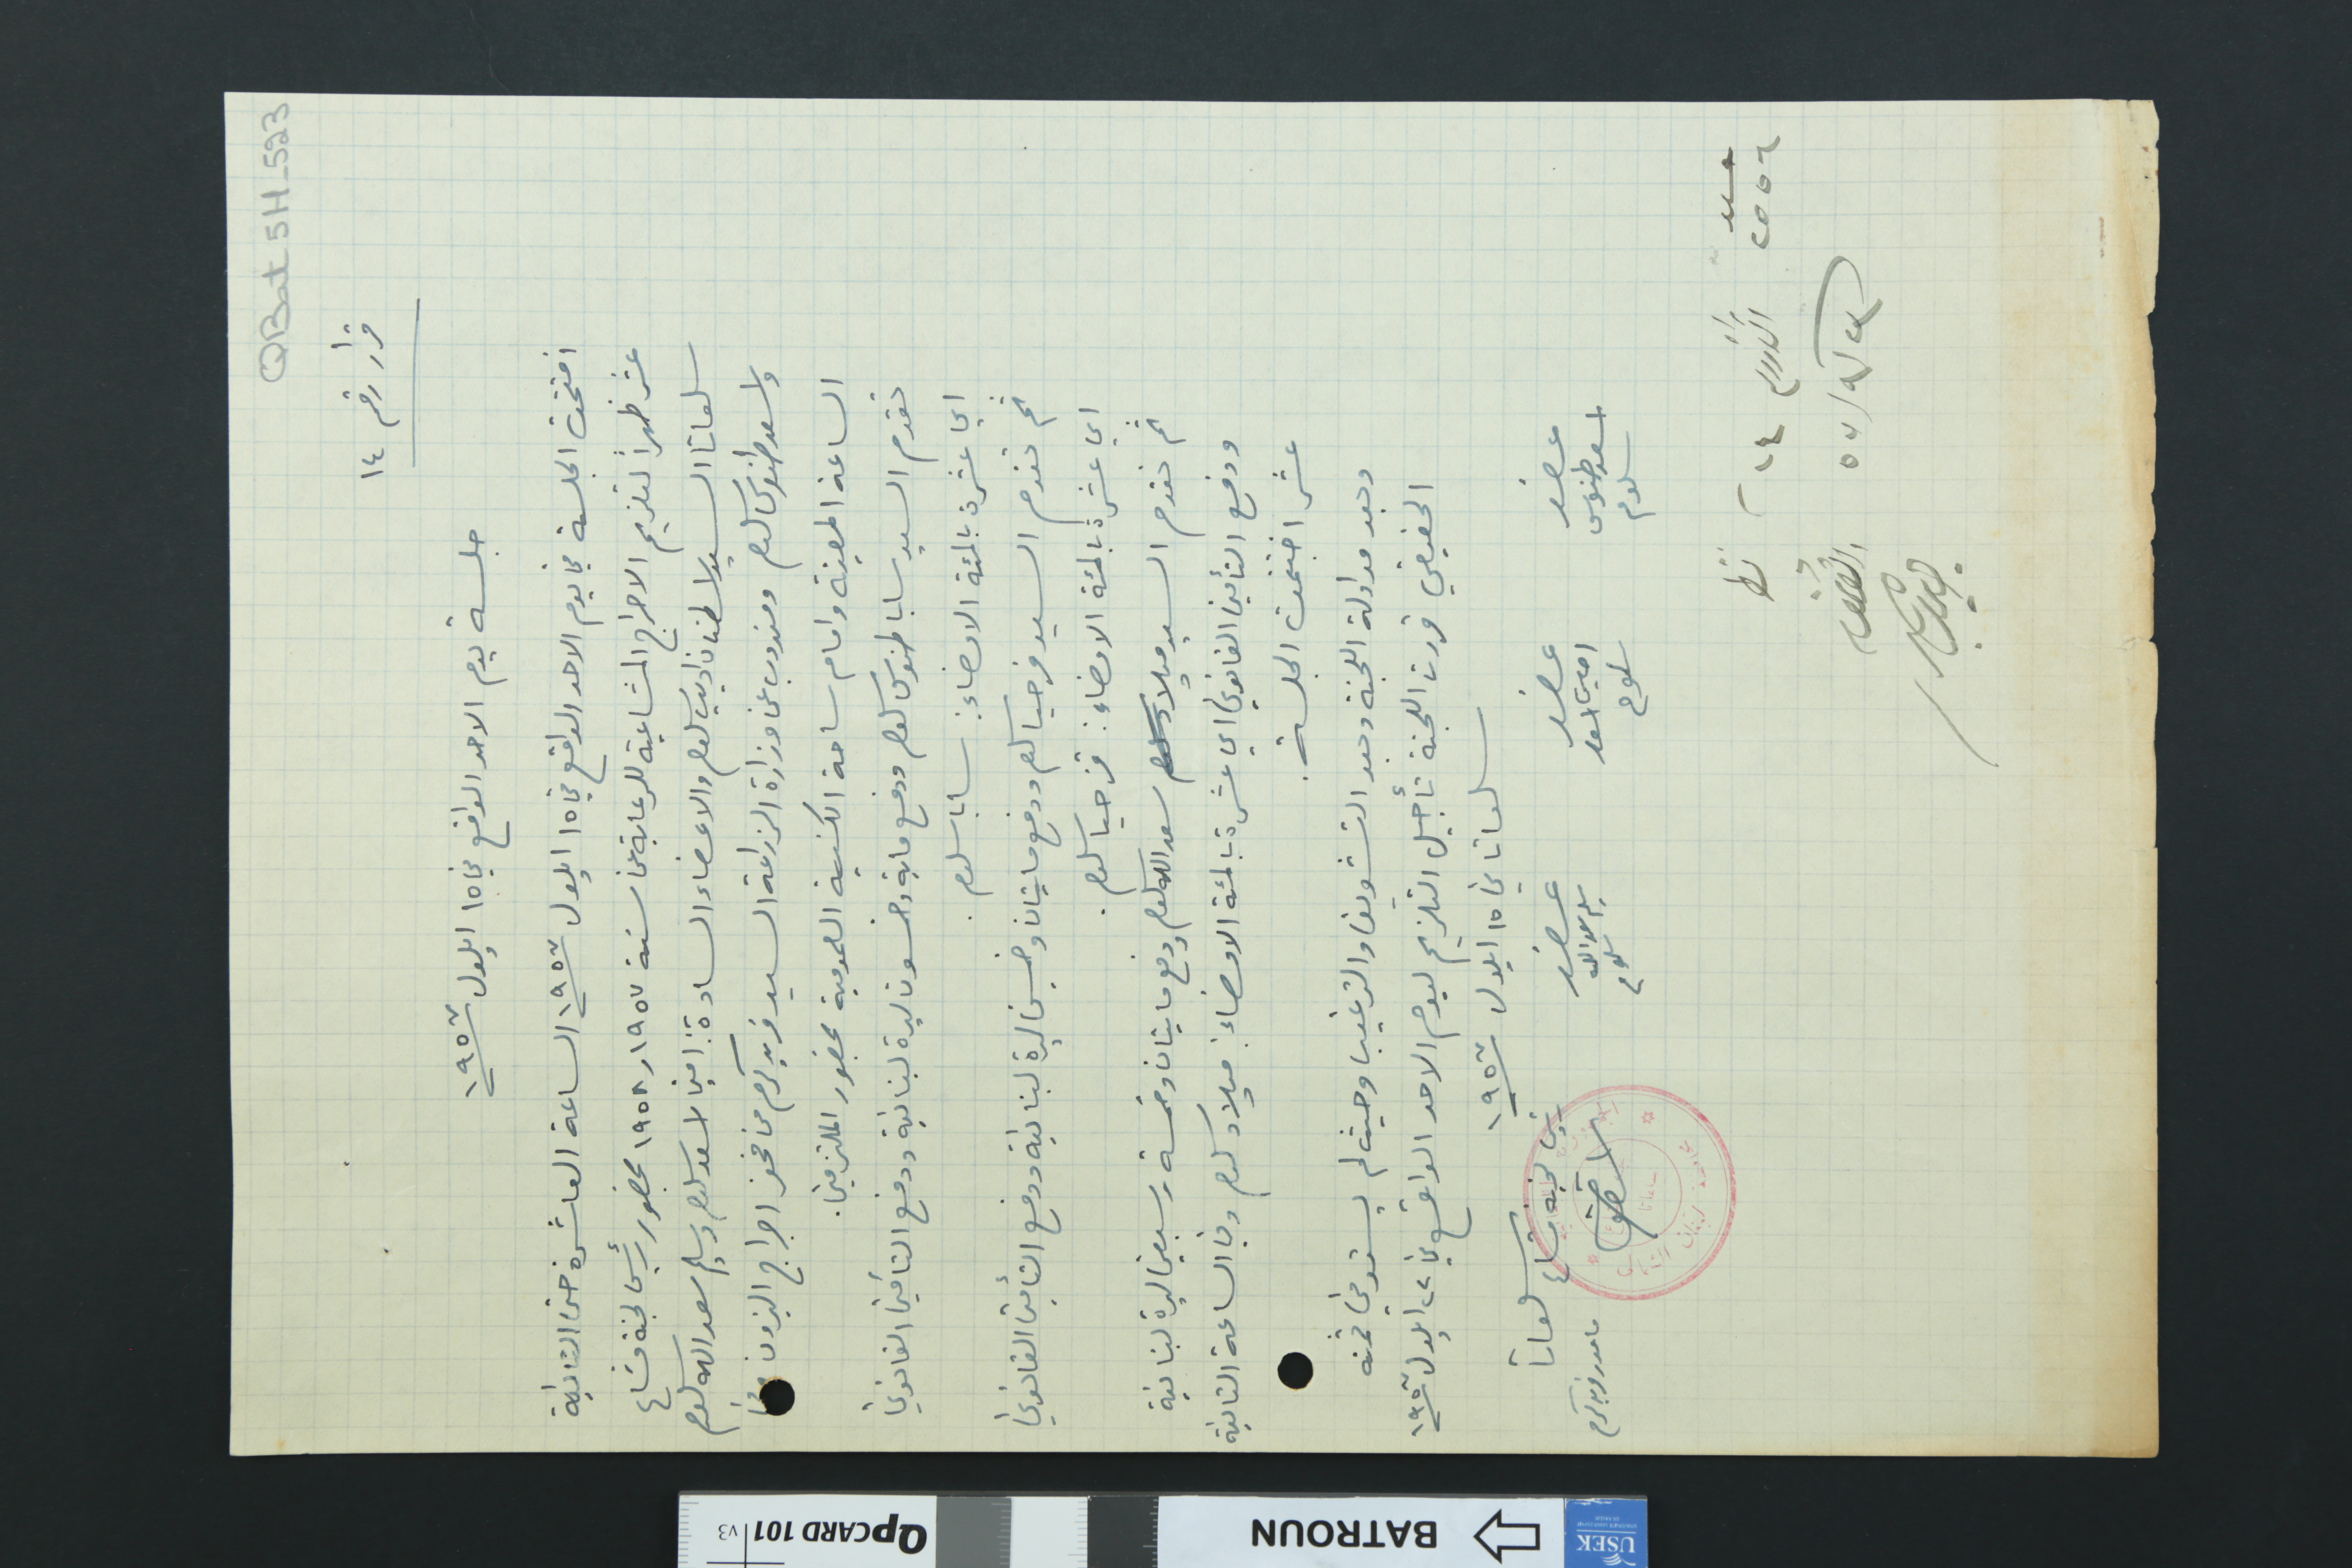
QBat5H-523
قرار رقم ١٤
جلسة يوم الاحد الواقع في ١٥ ايلول سنة ١٩٥٧
افتتحت الجلسة في يوم الاحد الواقع في ١٥ ايلول سنة ١٩٥٧ الساعة العاشرة حتى الثانية
عشر ظهراً لتلزيم الاحراج المشاعية للرعاية عن سنة ١٩٥٧ و١٩٥٨ بحضور رئيس لجنة مشاع
سلعاتا السيد اسطفان اديب سلوم والاعضاء السادة : امين اسعد سلوم وسليم سعدالله سلوم
واسعد طنوس سلوم ومندوب عن وزارة الزراعة السيد فريد كرم من مخفر احراج البترون ومن
الساعة المعينة وامام ساحة الكنيسة العمومية بحضور الملتزمين.
تقدم السيد سابا طنوس سلوم ودفع ماية وخمسون ليرة لبنانية ودفع التأمين القانوني
اي عشرة بالمئة الامضاء: سابا سلوم.
ثم تقدم السيد قزحيا سلوم ودفع مايتان وخمسين ليرة لبنانية ودفع التأمين القانوني
اي عشرة بالمئة الامضاء : قزحيا سلوم.
ثم تقدم السيد ميلاد سعدالله سلوم ودفع مايتان وخمسة وسبعين ليرة لبنانية
ودفع التأمين القانوني اي عشرة بالمئة الامضاء : ميلاد سلوم وفي الساعة الثانية
عشر اختتمت الجلسة.
وبعد مداولة اللجنة وبعد التشويق والترغيب وحيث لم يستوفي ثمنه
الحقيقي قررت اللجنة تأجيل التلزيم ليوم الاحد الواقع في ٢٢ ايلول سنة ١٩٥٧
سلعاتا في ١٥ ايلول سنة ١٩٥٧
عضو اسعد طنوس سلوم
عضو امين اسعد سلوم
عضو سليم سعدالله سلوم
رئيس لجنة مشاع سلعاتا اسطفان سلوم مامور فريد كرم
عدد ٢٥٥٦		٢٣/٩/٥٧
نظر 		القائمقام	حبيب سلوم